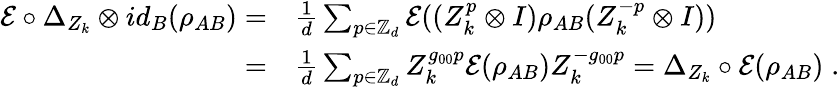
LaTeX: \begin{array}{rl}{\mathcal{E}\circ\Delta_{Z_{k}}\otimes id_{B}(\rho_{AB})=}&{\frac 1d\sum_{p\in\mathbb{Z}_{d}}\mathcal{E}((Z_{k}^{p}\otimes I)\rho_{AB}(Z_{k}^{-p}\otimes I))}\\ {=}&{\frac 1d\sum_{p\in\mathbb{Z}_{d}}Z_{k}^{g_{00}p}\mathcal{E}(\rho_{AB})Z_{k}^{-g_{00}p}=\Delta_{Z_{k}}\circ\mathcal E(\rho_{AB})\; .}\end{array}